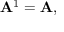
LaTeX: \mathbf { A } ^ { 1 } = \mathbf { A } ,